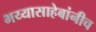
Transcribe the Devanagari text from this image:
भय्यासाहेबांनीच